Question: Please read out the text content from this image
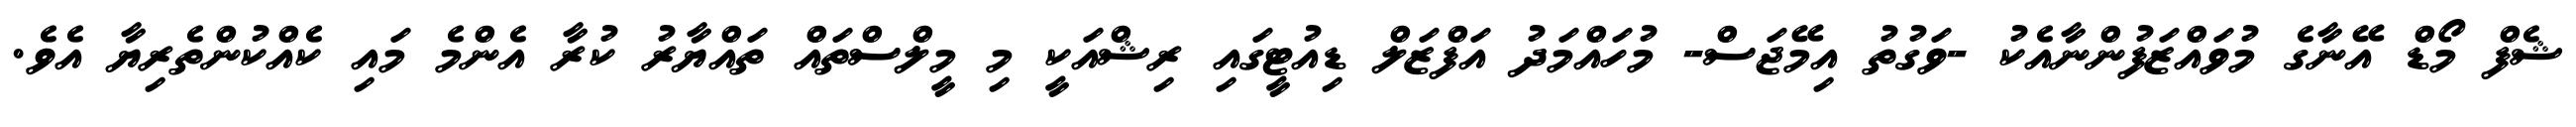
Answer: ޝެފް މޯޑް އޭނާގެ މުވައްޒަފުންނާއެކު -ވަގުތު އިމޭޖަސް- މުހައްމަދު އަފްޒަލް ޑިއުޓީގައި ރިޝްއަކީ މި މީލްސްތައް ތައްޔާރު ކުރާ އެންމެ މައި ކެއްކުންތެރިޔާ އެވެ.